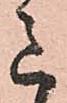
意